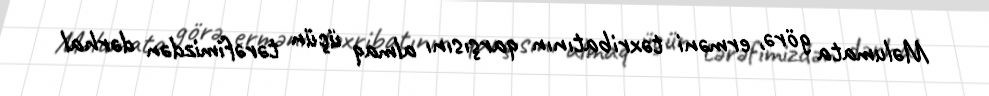
Məlumata görə, erməni təxribatının qarşısını almaq üçün tərəfimizdən dərhal